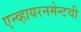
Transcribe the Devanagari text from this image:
एन्व्हायरनमेन्टची